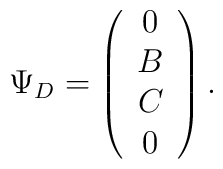
\Psi_D =\left( \begin{array}{c}0\\B\\C\\0\end{array} \right).